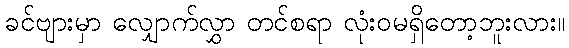
ခင်ဗျားမှာ လျှောက်လွှာ တင်စရာ လုံးဝမရှိတော့ဘူးလား။